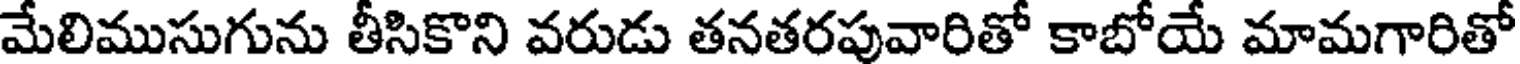
మేలిముసుగును తీసికొని వరుడు తనతరపువారితో కాబోయే మామగారితో